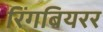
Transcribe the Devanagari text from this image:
रिंगबियरर